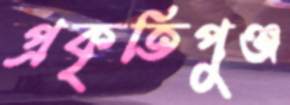
প্রকৃতিপুঞ্জ